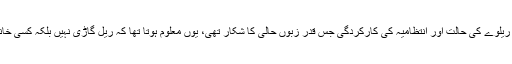
اس فوٹیج میں پاکستان ریلوے کی حالت اور انتظامیہ کی کارکردگی جس قدر زبوں حالی کا شکار تھی، یوں معلوم ہوتا تھا کہ ریل گاڑی نہیں بلکہ کسی خانہ بدوش کی جھگی ہو۔